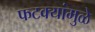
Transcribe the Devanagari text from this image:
फटक्यांमुळे